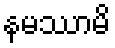
နမဿာမိ